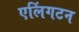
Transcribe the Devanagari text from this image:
एलिंगटन